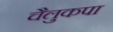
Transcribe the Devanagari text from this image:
चैलुकपा